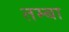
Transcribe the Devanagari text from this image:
तम्बा